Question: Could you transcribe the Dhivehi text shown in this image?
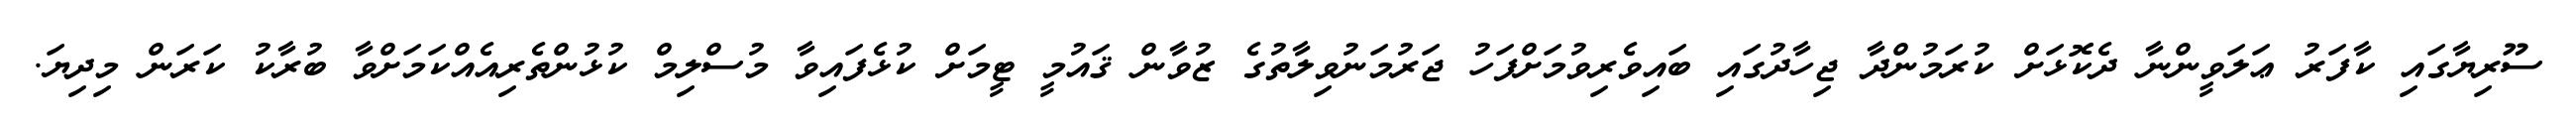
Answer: ސޫރިޔާގައި ކާފަރު ޢަލަވީންނާ ދެކޮޅަށް ކުރަމުންދާ ޖިހާދުގައި ބައިވެރިވުމަށްފަހު ޖަރުމަނުވިލާތުގެ ޒުވާން ޤައުމީ ޓީމަށް ކުޅެފައިވާ މުސްލިމް ކުޅުންތެރިއެއްކަމަށްވާ ބުރާކު ކަރަން މިދިޔަ.